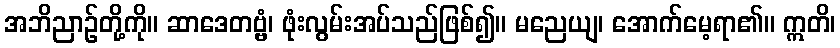
အဘိညာဉ်တို့ကို။ ဆာဒေတဗ္ဗံ၊ ဖုံးလွမ်းအပ်သည်ဖြစ်၍။ မညေယျ၊ အောက်မေ့ရာ၏။ ဣတိ၊